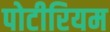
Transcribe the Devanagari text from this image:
पोटीरियम